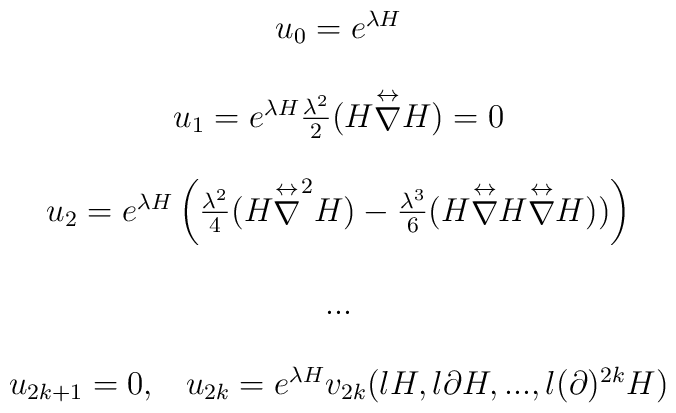
\begin{array}{c}u_0 = e^{\lambda H} \\\\u_1 = e^{\lambda H} \frac{\lambda^2}{2} (H {\stackrel{\leftrightarrow}{\nabla}} H) =0\\\\u_2 = e^{\lambda H} \left(\frac{\lambda^2}{4} (H {\stackrel{\leftrightarrow}{\nabla}} ^2 H) - \frac{\lambda^3}{6} (H {\stackrel{\leftrightarrow}{\nabla}} H {\stackrel{\leftrightarrow}{\nabla}} H) ) \right) \\\\... \\\\u_{2k+1}=0,\;\;\; u_{2k} = e^{\lambda H} v_{2k} (\l H, \l \partial H, ..., \l(\partial)^{2k} H) \\\end{array}